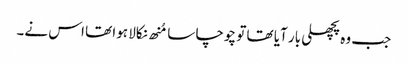
جب وہ پچھلی بار آیا تھا تو چوچا سا مُنھ نکالا ہوا تھا اس نے۔